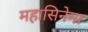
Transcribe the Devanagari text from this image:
महासिनेमा